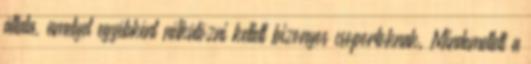
általa, amelyet egyébként nélkülözni kellett bizonyos csoportoknak. Mindemellett a